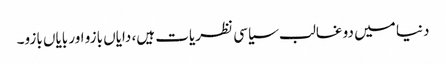
دنیا میں دو غالب سیاسی نظریات ہیں، دایاں بازو اور بایاں بازو۔